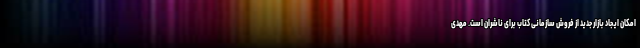
امکان ایجاد بازار جدید از فروش سازمانی کتاب برای ناشران است. مهدی